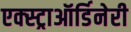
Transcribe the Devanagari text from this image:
एक्स्ट्राऑर्डिनेरी